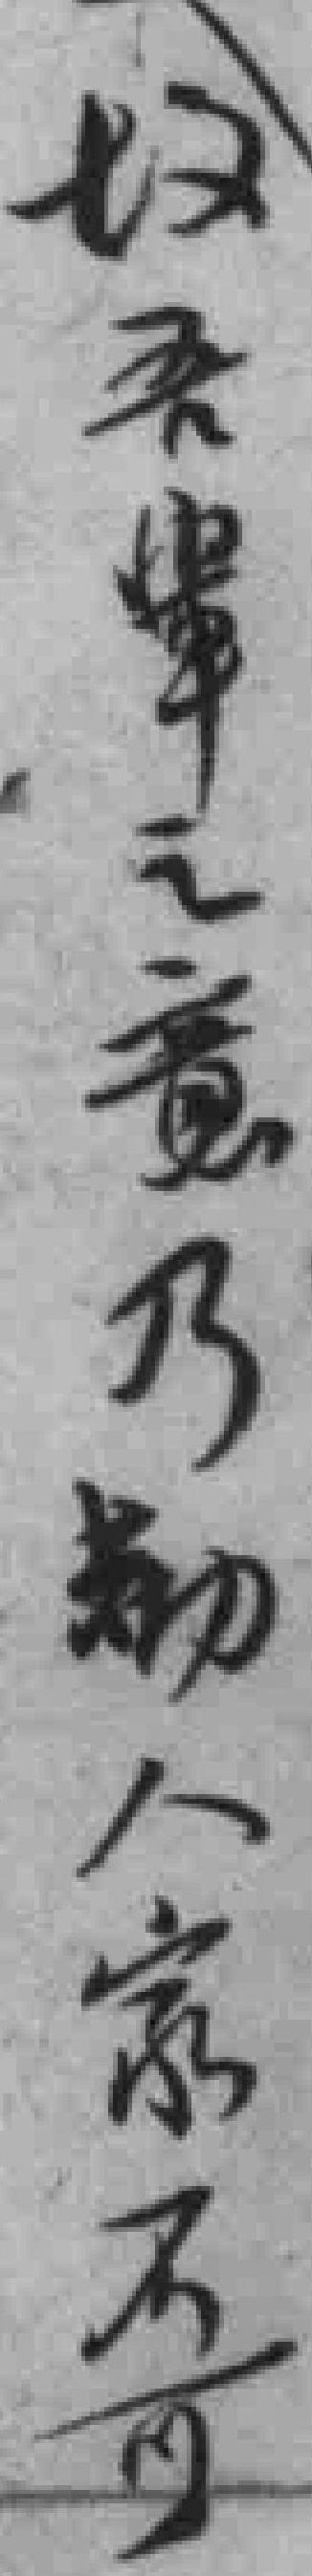
*吾辈之意乃勧人家不可